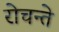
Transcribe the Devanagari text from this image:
रोचन्ते